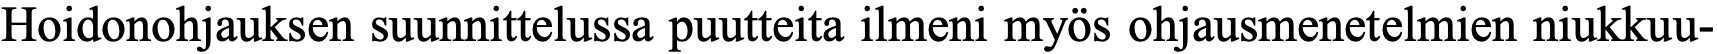
Hoidonohjauksen suunnittelussa puutteita ilmeni myös ohjausmenetelmien niukkuu-